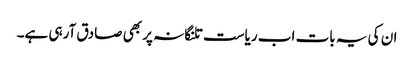
ان کی یہ بات اب ریاست تلنگانہ پر بھی صادق آرہی ہے۔